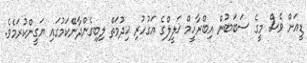
ޑީއަށް ވެސް މީގެ ސަބަބުން އިބްރާހީމް ޚަލީލްގެ އަގުހުރި ޚިދުމަތް ލިބިގެންދާނޭކަމުގައި ޔަގީންކުރަމެވެ.